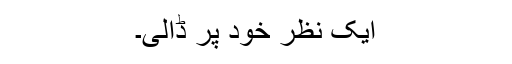
ایک نظر خود پر ڈالی۔